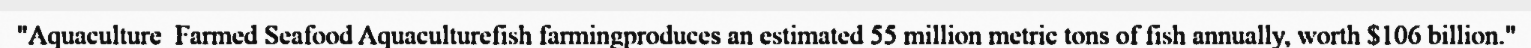
"Aquaculture  Farmed Seafood Aquaculturefish farmingproduces an estimated 55 million metric tons of fish annually, worth $106 billion."